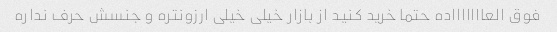
فوق العاااااااده حتما خرید کنید از بازار خیلی خیلی ارزونتره و جنسش حرف نداره